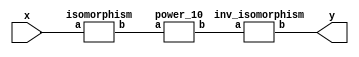
`timescale 1ns/100ps
module SMS32_10_pp_3_1(x,y);
	 input [5:0] x;
	 output [5:0] y;
	 wire [5:0] w;
	 wire [5:0] p;
	 isomorphism C2 (x,w);
	 power_10 C3 (w,p);
	 inv_isomorphism C4 (p,y);
endmodule

module add_base(a,b,c);
	 input [2:0] a;
	 input [2:0] b;
	 output [2:0] c;
	 assign c[0]=a[0]^b[0];
	 assign c[1]=a[1]^b[1];
	 assign c[2]=a[2]^b[2];
endmodule

module constant_multiplication_base_0(a,b);
	 input [2:0] a;
	 output [2:0] b;
	 assign b[0]=0;
	 assign b[1]=0;
	 assign b[2]=0;
endmodule

module constant_multiplication_base_1(a,b);
	 input [2:0] a;
	 output [2:0] b;
	 assign b[0]=a[0];
	 assign b[1]=a[1];
	 assign b[2]=a[2];
endmodule

module constant_multiplication_base_2(a,b);
	 input [2:0] a;
	 output [2:0] b;
	 assign b[0]=a[2];
	 assign b[1]=a[0];
	 assign b[2]=a[1]^a[2];
endmodule

module constant_multiplication_base_3(a,b);
	 input [2:0] a;
	 output [2:0] b;
	 assign b[0]=a[1]^a[2];
	 assign b[1]=a[2];
	 assign b[2]=a[0]^a[1]^a[2];
endmodule

module constant_multiplication_base_4(a,b);
	 input [2:0] a;
	 output [2:0] b;
	 assign b[0]=a[0]^a[1]^a[2];
	 assign b[1]=a[1]^a[2];
	 assign b[2]=a[0]^a[1];
endmodule

module constant_multiplication_base_5(a,b);
	 input [2:0] a;
	 output [2:0] b;
	 assign b[0]=a[0]^a[1];
	 assign b[1]=a[0]^a[1]^a[2];
	 assign b[2]=a[0]^a[2];
endmodule

module constant_multiplication_base_6(a,b);
	 input [2:0] a;
	 output [2:0] b;
	 assign b[0]=a[0]^a[2];
	 assign b[1]=a[0]^a[1];
	 assign b[2]=a[1];
endmodule

module constant_multiplication_base_7(a,b);
	 input [2:0] a;
	 output [2:0] b;
	 assign b[0]=a[1];
	 assign b[1]=a[0]^a[2];
	 assign b[2]=a[0];
endmodule

module multiplication_base(a,b,c);
	 input [2:0] a;
	 input [2:0] b;
	 output [2:0] c;
	 assign c[0]=(a[0]&b[0])^(a[1]&b[2])^(a[2]&b[1])^(a[2]&b[2]);
	 assign c[1]=(a[0]&b[1])^(a[1]&b[0])^(a[2]&b[2]);
	 assign c[2]=(a[2]&b[0])^(a[1]&b[1])^(a[0]&b[2])^(a[1]&b[2])^(a[2]&b[1])^(a[2]&b[2]);
endmodule

module square_base(a,b);
	 input [2:0] a;
	 output[2:0] b;
	 assign b[0]=a[0]^a[2];
	 assign b[1]=a[2];
	 assign b[2]=a[1]^a[2];
endmodule

module qube_base(a,b);
	 input [2:0] a;
	 output [2:0] b;
	 assign b[0]=a[0]^a[1]^(a[0]&a[2]);
	 assign b[1]=a[2]^(a[0]&a[1])^(a[0]&a[2]);
	 assign b[2]=a[1]^a[2]^(a[0]&a[1])^(a[1]&a[2]);
endmodule

module power_10(a,b);
	 input [5:0] a;
	 output [5:0] b;
	 wire [2:0] x_0;
	 wire [2:0] x_1;
	 wire [2:0] x_2;
	 wire [2:0] x_3;
	 wire [2:0] y_0;
	 wire [2:0] y_1;
	 wire [2:0] y_2;
	 wire [2:0] y_3;
	 wire [2:0] z_00;
	 wire [2:0] z_01;
	 wire [2:0] z_02;
	 wire [2:0] z_10;
	 wire [2:0] z_11;
	 wire [2:0] z_12;
	 wire [2:0] w_00;
	 wire [2:0] w_01;
	 wire [2:0] w_02;
	 wire [2:0] w_03;
	 wire [2:0] w_10;
	 wire [2:0] w_11;
	 wire [2:0] w_12;
	 wire [2:0] w_13;
	 assign x_0[0]=a[0];
	 assign x_0[1]=a[1];
	 assign x_0[2]=a[2];
	 assign x_1[0]=a[3];
	 assign x_1[1]=a[4];
	 assign x_1[2]=a[5];
	 qube_base A1 (x_0,y_0);
	 qube_base A2 (x_1,y_3);
	 square_base A3 (x_0,x_2);
	 square_base A4 (x_1,x_3);
	 multiplication_base A5 (x_0,x_3,y_1);
	 multiplication_base A6 (x_1,x_2,y_2);
	 constant_multiplication_base_1 MC00 (y_0,w_00);
	 constant_multiplication_base_7 MC01 (y_1,w_01);
	 constant_multiplication_base_2 MC02 (y_2,w_02);
	 constant_multiplication_base_0 MC03 (y_3,w_03);
	 constant_multiplication_base_0 MC10 (y_0,w_10);
	 constant_multiplication_base_2 MC11 (y_1,w_11);
	 constant_multiplication_base_1 MC12 (y_2,w_12);
	 constant_multiplication_base_7 MC13 (y_3,w_13);
	 add_base B00 (w_00,w_01,z_00);
	 add_base B01 (w_02,w_03,z_01);
	 add_base B02 (z_00,z_01,z_02);
	 add_base B10 (w_10,w_11,z_10);
	 add_base B11 (w_12,w_13,z_11);
	 add_base B12 (z_10,z_11,z_12);
	 assign b[0]=z_02[0];
	 assign b[1]=z_02[1];
	 assign b[2]=z_02[2];
	 assign b[3]=z_12[0];
	 assign b[4]=z_12[1];
	 assign b[5]=z_12[2];
endmodule

module inv_isomorphism(a,b);
	 input [5:0] a;
	 output [5:0] b;
	 assign b[0]=a[2]^a[3]^a[5];
	 assign b[1]=a[0]^a[1]^a[3]^a[5];
	 assign b[2]=a[0]^a[2]^a[3]^a[4];
	 assign b[3]=a[1]^a[2];
	 assign b[4]=a[0]^a[3]^a[4]^a[5];
	 assign b[5]=a[0]^a[1]^a[3]^a[4]^a[5];
endmodule

module isomorphism(a,b);
	 input [5:0] a;
	 output [5:0] b;
	 assign b[0]=a[1]^a[3]^a[4]^a[5];
	 assign b[1]=a[0]^a[3]^a[5];
	 assign b[2]=a[0]^a[4]^a[5];
	 assign b[3]=a[0]^a[1]^a[3]^a[4]^a[5];
	 assign b[4]=a[0]^a[1]^a[4]^a[5];
	 assign b[5]=a[0]^a[1]^a[2]^a[3]^a[5];
endmodule